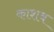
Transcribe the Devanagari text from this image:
काशब